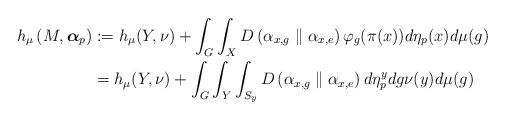
LaTeX: \begin{align*}h_{\mu}\left(M,\boldsymbol{\alpha}_{p}\right) & :=h_{\mu}(Y,\nu)+\int_{G}\int_{X}D\left(\alpha_{x,g}\parallel\alpha_{x,e}\right)\varphi_{g}(\pi(x))d\eta_{p}(x)d\mu(g) \\ & =h_{\mu}(Y,\nu)+\int_{G}\int_{Y}\int_{S_{y}}D\left(\alpha_{x,g}\parallel\alpha_{x,e}\right)d\eta_{p}^{y}dg\nu(y)d\mu(g)\end{align*}